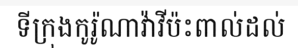
ទីក្រុងកូរ៉ូណាវ៉ាវីប៉ះពាល់ដល់